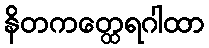
နိတကတ္ထေရဂါထာ